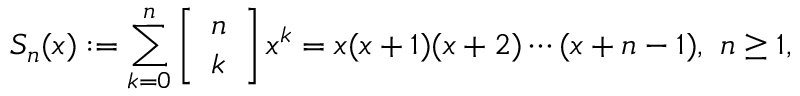
S _ { n } ( x ) : = \sum _ { k = 0 } ^ { n } \left[ { \begin{array} { l } { n } \\ { k } \end{array} } \right] x ^ { k } = x ( x + 1 ) ( x + 2 ) \cdots ( x + n - 1 ) , \ n \geq 1 ,